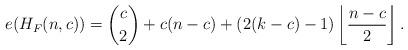
LaTeX: \begin{align*}e(H_F(n,c))=\binom{c}{2}+c(n-c) +\left(2(k-c)-1\right)\left\lfloor \frac{n-c}{2} \right \rfloor.\end{align*}